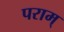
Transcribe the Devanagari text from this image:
पराम्